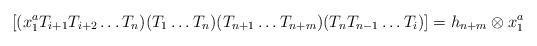
LaTeX: \begin{align*}[(x_1^a T_{i+1}T_{i+2} \dots T_n)(T_1 \dots T_n)(T_{n+1} \dots T_{n+m})(T_n T_{n-1} \dots T_i)] = h_{n+m} \otimes x_1^a\end{align*}